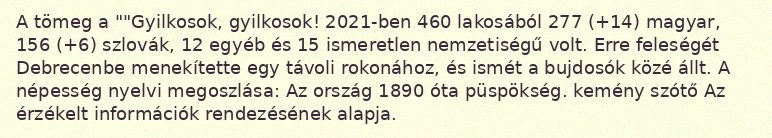
A tömeg a ""Gyilkosok, gyilkosok! 2021-ben 460 lakosából 277 (+14) magyar, 156 (+6) szlovák, 12 egyéb és 15 ismeretlen nemzetiségű volt. Erre feleségét Debrecenbe menekítette egy távoli rokonához, és ismét a bujdosók közé állt. A népesség nyelvi megoszlása: Az ország 1890 óta püspökség. kemény szótő Az érzékelt információk rendezésének alapja.